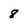
Character: 8